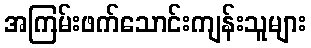
အကြမ်းဖက်သောင်းကျန်းသူများ